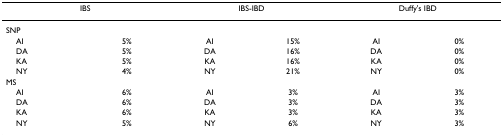
| <COLSPAN=2> IBS | <COLSPAN=2> IBS-IBD | <COLSPAN=2> Duffy's IBD |
 | --- | --- | --- | --- | --- | --- |
 | SNP |  |  |  |  |  |
 | AI | 5% | AI | 15% | AI | 0% |
 | DA | 5% | DA | 16% | DA | 0% |
 | KA | 5% | KA | 16% | KA | 0% |
 | NY | 4% | NY | 21% | NY | 0% |
 | MS |  |  |  |  |  |
 | AI | 6% | AI | 3% | AI | 3% |
 | DA | 6% | DA | 3% | DA | 3% |
 | KA | 6% | KA | 3% | KA | 3% |
 | NY | 5% | NY | 6% | NY | 3% |